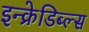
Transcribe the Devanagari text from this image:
इन्क्रेडिब्ल्स